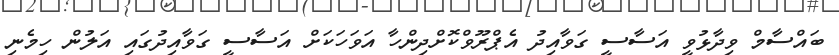
ބައްސާމް ވިދާޅުވީ އަސާސީ ގަވާއިދު އެޕްރޫވްކޮށްދިންހާ އަވަހަކަށް އަސާސީ ގަވާއިދުގައި އަލުން ހިމެނި